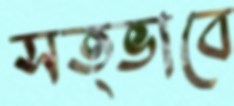
সত্ভাবে